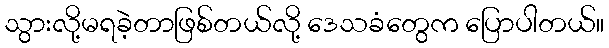
သွားလို့မရခဲ့တာဖြစ်တယ်လို့ ဒေသခံတွေက ပြောပါတယ်။